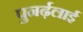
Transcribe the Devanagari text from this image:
पुनर्ढ़लाई